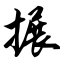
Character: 搌